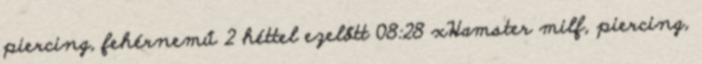
piercing, fehérnemű 2 héttel ezelőtt 08:28 xHamster milf, piercing,